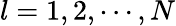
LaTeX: l=1,2,\cdots,N